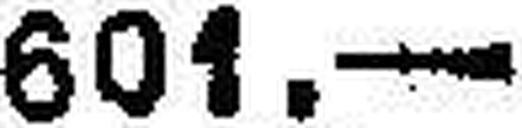
601.—